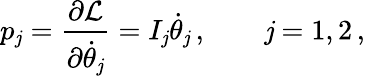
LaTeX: p_{\mathit{j}}=\frac{{\partial\mathcal{{L}}}}{{\partial\dot{{\theta}}_{\mathit{j}}}}=I_{\mathit{j}}\dot{{\theta}}_{\mathit{j}}\, ,\qquad\mathit{j}=1,2\, ,